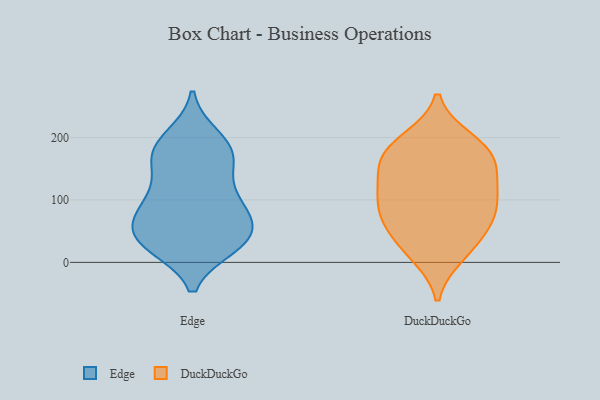
{"axis": {"x": "Conversion Rate (%)", "y": "Value"}, "legend": ["DuckDuckGo", "Edge"], "data": [{"x": "", "y": 40, "type": "Edge"}, {"x": "", "y": 27, "type": "Edge"}, {"x": "", "y": 200, "type": "Edge"}, {"x": "", "y": 28, "type": "Edge"}, {"x": "", "y": 107, "type": "Edge"}, {"x": "", "y": 35, "type": "Edge"}, {"x": "", "y": 158, "type": "Edge"}, {"x": "", "y": 165, "type": "Edge"}, {"x": "", "y": 47, "type": "Edge"}, {"x": "", "y": 80, "type": "Edge"}, {"x": "", "y": 187, "type": "Edge"}, {"x": "", "y": 81, "type": "Edge"}, {"x": "", "y": 166, "type": "Edge"}, {"x": "", "y": 185, "type": "Edge"}, {"x": "", "y": 32, "type": "Edge"}, {"x": "", "y": 60, "type": "Edge"}, {"x": "", "y": 109, "type": "Edge"}, {"x": "", "y": 89, "type": "Edge"}, {"x": "", "y": 139, "type": "DuckDuckGo"}, {"x": "", "y": 100, "type": "DuckDuckGo"}, {"x": "", "y": 118, "type": "DuckDuckGo"}, {"x": "", "y": 51, "type": "DuckDuckGo"}, {"x": "", "y": 12, "type": "DuckDuckGo"}, {"x": "", "y": 64, "type": "DuckDuckGo"}, {"x": "", "y": 98, "type": "DuckDuckGo"}, {"x": "", "y": 71, "type": "DuckDuckGo"}, {"x": "", "y": 37, "type": "DuckDuckGo"}, {"x": "", "y": 162, "type": "DuckDuckGo"}, {"x": "", "y": 179, "type": "DuckDuckGo"}, {"x": "", "y": 106, "type": "DuckDuckGo"}, {"x": "", "y": 198, "type": "DuckDuckGo"}, {"x": "", "y": 10, "type": "DuckDuckGo"}, {"x": "", "y": 75, "type": "DuckDuckGo"}, {"x": "", "y": 142, "type": "DuckDuckGo"}, {"x": "", "y": 197, "type": "DuckDuckGo"}, {"x": "", "y": 176, "type": "DuckDuckGo"}, {"x": "", "y": 163, "type": "DuckDuckGo"}]}